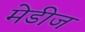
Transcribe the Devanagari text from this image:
मेडीज